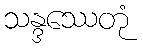
သန္ဒဿေတုံ